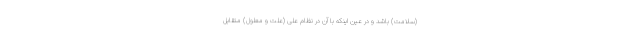
(سلامت) باشد و در عین اینکه با آن در نظام علی (علت و معلول) متقابل